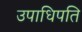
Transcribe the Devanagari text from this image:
उपाधिपति